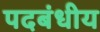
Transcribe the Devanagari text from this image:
पदबंधीय